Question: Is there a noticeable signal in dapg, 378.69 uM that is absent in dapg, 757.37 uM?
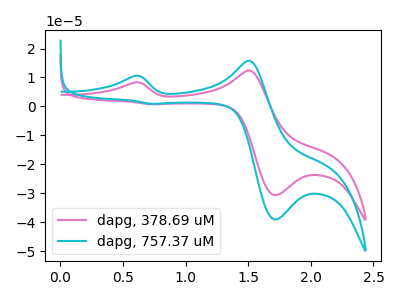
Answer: <think>The pink curve "dapg, 378.69 uM" has anodic peaks at (0.60V, 8.30uA) (1.50V, 12.40uA) and cathodic peaks at (1.70V, -30.65uA) (0.75V, 0.70uA). The cyan curve "dapg, 757.37 uM" has anodic peaks at (0.60V, 10.55uA) (1.50V, 15.75uA) and cathodic peaks at (1.70V, -39.05uA) (0.75V, 0.90uA).
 All the peaks in "dapg, 378.69 uM" have a peak in "dapg, 757.37 uM" at the same potential.</think>
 <answer>No, "dapg, 378.69 uM" and "dapg, 757.37 uM" don't appear to be significantly different in shape</answer>
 <eval>no_change</eval>